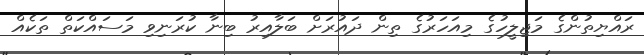
ރައްޔިތުންގެ މަޖިލީހުގެ މިއަހަރުގެ ތިން ދައުރަށް ބަލާއިރު ބިނާ ކުރަނިވި މަސައްކަތް ތަކެއް